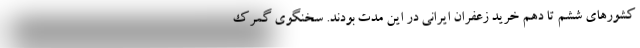
کشورهای ششم تا دهم خرید زعفران ایرانی در این مدت بودند. سخنگوی گمرک